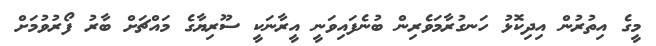
މީގެ އިތުރުން އިދިކޮޅު ހަނގުރާމަވެރިން ބުނެފައިވަނީ އީރާނަކީ ސޫރިޔާގެ މައްޗަށް ބާރު ފޯރުވުމަށް